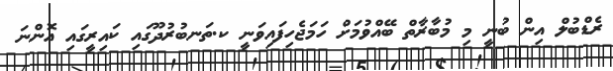
ރެޑްބުލް އިން ބުނީ މި މުބާރާތް ބޭއްވުމަށް ހަމަޖެހިފައިވަނީ ކ.ތަނބުރުދޫގައި ކައިރީގައި އޮންނަ